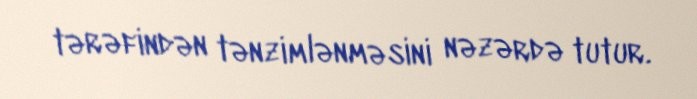
tərəfindən tənzimlənməsini nəzərdə tutur.